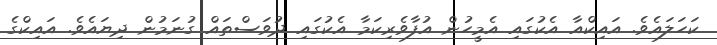
ކަހަލައެވެ. އައިކްއާ އެކުގައި އެމީހުން އުފާވެެރިކަމާ އެކުގައި ދުވަސްތައް ގުނަމުން ދިޔައެވެ. އައިކްގެ